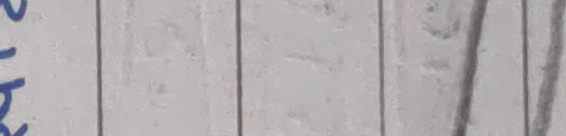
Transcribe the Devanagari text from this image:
४३